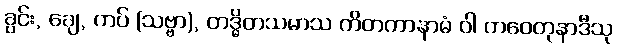
ခွင်း, ချေ, ကပ် (သဗ္ဗာ), တဒ္ဓိတသမာသ ကိတကာနာမံ ဝါ တဝေတုနာဒီသု